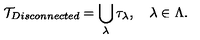
{ \cal T } _ { D i s c o n n e c t e d } = \bigcup _ { \lambda } \tau _ { \lambda } , \quad \lambda \in \Lambda .